Leaving Certificate Examination, 1907
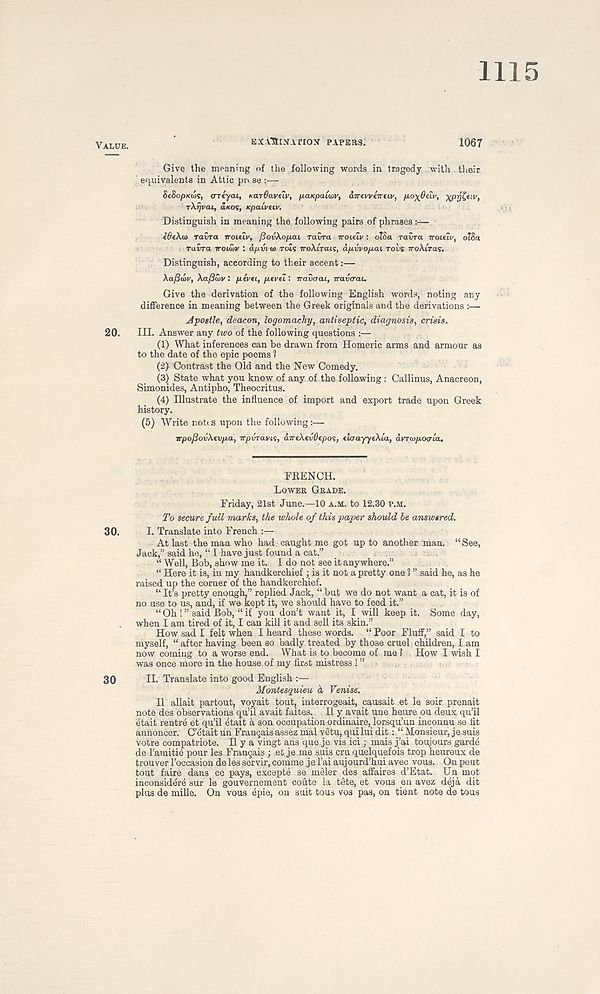
1115
VALUE.
EX.v*9rxArrox PAPERS.
1067
Give the meaning of the following words in tragedy with . their
' equivalents in Attic pi\ se :—
ScSopKtos, OTeycu, KarOaveiv, fxaKpaLwv, aireweTtfiv, po-^Oelv, xpy&iv,
rXrjvai, iicos, Kpalvuv.
Distinguish in meaning the following pairs of phrases:—
idfXo) ravra iroitiv, ftovXopcu ravra iroielv: otSa ravra iroitiv, 618a
ravra irotwv : apvim rols 7roA.1Va.1s, apvvofxai rovs iroXiras.
Distinguish, according to their accent:—
Xaf3u>v, XafiCiV : p-tvti, pevei: iravaai, iravcrau
Give the derivation of the following English words, noting any
difference in meaning between the Greek originals and the derivations :—
Jpostle, deacon, logomachy, antiseptic, diagnosis, crisis.
20. HI. Answer any two of the following questions :—
(1) What inferences can be drawn from Homeric arms and armour as
to the date of the epic poems ?
(2) Contrast the Old and the New Comedy.
(3) State what you know of any of the following : Callinus, Anacreon,
Simonides, Antipho, Theocritus.
(4) Illustrate the influence of import and export trade upon Greek
history.
(5)
Write nobs upon the follow
irpoJSovXtvfia, irpmavis, airtXtvOipos, tlaayytXla, avrinpocrla.
FRENCH.
LOWER GRADE.
Friday, 21st June.—10 A.M. to 12.30 P.M.
To secure full marks, the whole of this paper should be answered.
30.
I. Translate into French :—
At last the man who had caught me got up to another man. “See,
Jack,” said he, “ I have just found a cat.”
“ Well, Bob, show me it. I do not see it anywhere.”
“ Here it is, in my handkerchief ; is it not a pretty one l ” said he, as he
raised up the corner of the handkerchief.
“ It’s pretty enough,” replied Jack, “ but we do not want a cat, it is of
no use to us, and, if we kept it, we should have to feed it.”
“ Oh ! ” said Bob, “ if you don’t want it, I will keep it. Some day,
when I am tired of it, I can kill it and sell its skin.”
How sad I felt when I heard these words. “ Poor Fluff,” said I to
myself, “ after having been so badly treated by those cruel children, l am
now coming to a worse end. What is to become of me ! How I wish I
was once more in the house of my first mistress ! ”, r
.
30
II. Translate into good English :—
Montesquieu <X Venise.
II allait partout, voyait tout, interrogeait, causait et le soir prenait
note des observations qu’il avait faites.. II y avait une heure ou deux qu’il
etait rentre et qu’il etait a son occupation ordinaire, lorsqu’un inconnu se fit
annoncer. C’etait un Frangais assez mal vetu, qui lui dit: “ Monsieur, jesuis
votre compatriote. II y a vingt ans que je vis ici; mais j’ai toujours garde
de I’amitih pour les Fran§ais ; et je me suis cm quelquefois trop heureux de
trouver 1’occasion de les servir, comine je 1’ai aujourd’hui avec vous. On peut
tout faire dans ce pays, excepte se meler des affaires d’Etat. Un mot
inconsidere sur le gouvernement coute la tete, et vous en avez deja dit
plus de mille. On vous epie, on suit tous vos pas, on tient note de tons